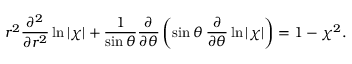
r ^ { 2 } \frac { \partial ^ { 2 } } { \partial r ^ { 2 } } \ln | \chi | + \frac { 1 } { \sin \theta } \frac { \partial } { \partial \theta } \left( \sin \theta \: \frac { \partial } { \partial \theta } \ln | \chi | \right) = 1 - \chi ^ { 2 } .